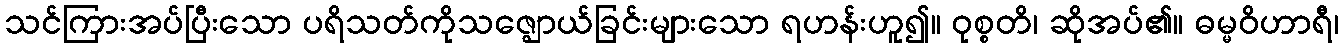
သင်ကြားအပ်ပြီးသော ပရိသတ်ကိုသဇ္ဈောယ်ခြင်းများသော ရဟန်းဟူ၍။ ဝုစ္စတိ၊ ဆိုအပ်၏။ ဓမ္မဝိဟာရီ၊